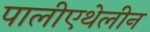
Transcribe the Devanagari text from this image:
पालीएथेलीन